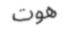
ھوت